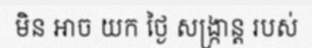
មិន អាច យក ថ្ងៃ សង្ក្រាន្ត របស់